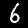
Digit: 6